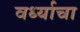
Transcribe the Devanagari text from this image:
वर्ध्याचा